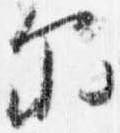
示